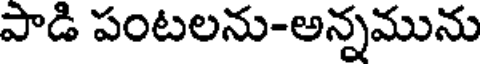
పాడి పంటలను-అన్నమును